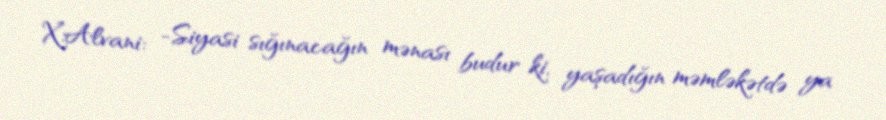
X.Alvani: -Siyasi sığınacağın mənası budur ki, yaşadığın məmləkətdə ya